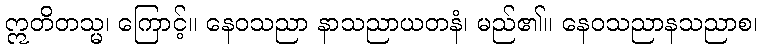
ဣတိတသ္မ၊ ကြောင့်။ နေဝသညာ နာသညာယတနံ၊ မည်၏။ နေဝသညာနသညာစ၊